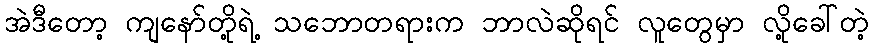
အဲဒီတော့ ကျနော်တို့ရဲ့ သဘောတရားက ဘာလဲဆိုရင် လူတွေမှာ လို့ခေါ်တဲ့